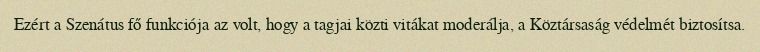
Ezért a Szenátus fő funkciója az volt, hogy a tagjai közti vitákat moderálja, a Köztársaság védelmét biztosítsa.